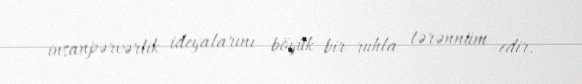
insanpərvərlik ideyalarını böyük bir ruhla tərənnüm edir.